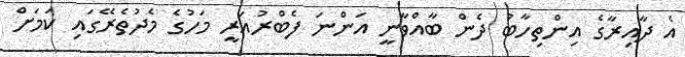
އެ ދާއިރާގެ އިންތިހާބު ދެން ބާއްވާނީ އަންނަ ފެބްރުއަރީ މަހުގެ މެދުތެރޭގައި ކަމަށް